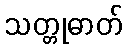
သတ္တုဓာတ်